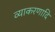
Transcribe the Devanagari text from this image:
व्याकरणादि